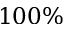
1 0 0 \%